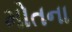
મોતના